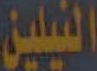
الفيلين